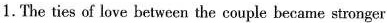
1.The ties of love between the couple became stronger